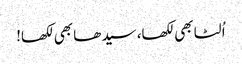
اُلٹا بھی لکھا، سیدھا بھی لکھا!